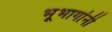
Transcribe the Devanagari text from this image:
भूभागांनी